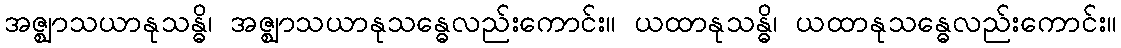
အဇ္ဈာသယာနုသန္ဓိ၊ အဇ္ဈာသယာနုသန္ဓေလည်းကောင်း။ ယထာနုသန္ဓိ၊ ယထာနုသန္ဓေလည်းကောင်း။